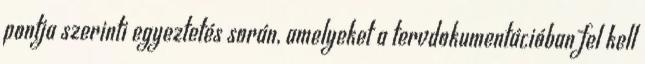
pontja szerinti egyeztetés során, amelyeket a tervdokumentációban fel kell